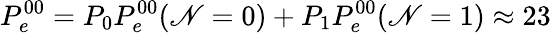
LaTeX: P_{e}^{00}=P_{0}P_{e}^{00}(\mathscr{N}=0)+P_{1}P_{e}^{00}(\mathscr{N}=1)\approx23